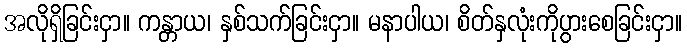
အလိုရှိခြင်းငှာ။ ကန္တာယ၊ နှစ်သက်ခြင်းငှာ။ မနာပါယ၊ စိတ်နှလုံးကိုပွားစေခြင်းငှာ။